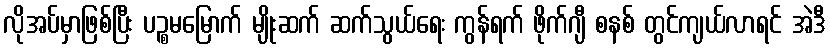
လိုအပ်မှာဖြစ်ပြီး ပဉ္စမမြောက် မျိုးဆက် ဆက်သွယ်ရေး ကွန်ရက် ဖိုက်ဂျီ စနစ် တွင်ကျယ်လာရင် အဲဒီ